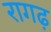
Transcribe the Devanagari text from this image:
रागढ़